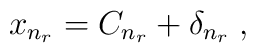
x_{n_{r}} = C_{n_{r}}+ \delta_{n_{r}}\;  ,